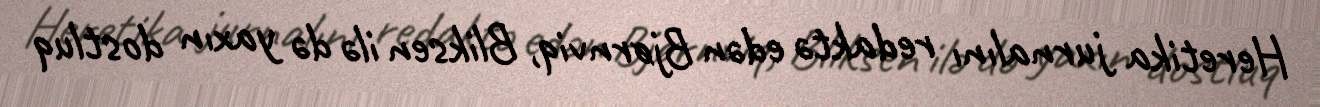
Heretika jurnalını redaktə edən Bjørnviq, Bliksen ilə də yaxın dostluq